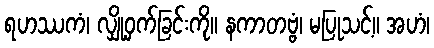
ရဟဿကံ၊ လျှို့ဝှက်ခြင်းကို။ နကာတဗ္ဗံ၊ မပြုသင့်။ အဟံ၊